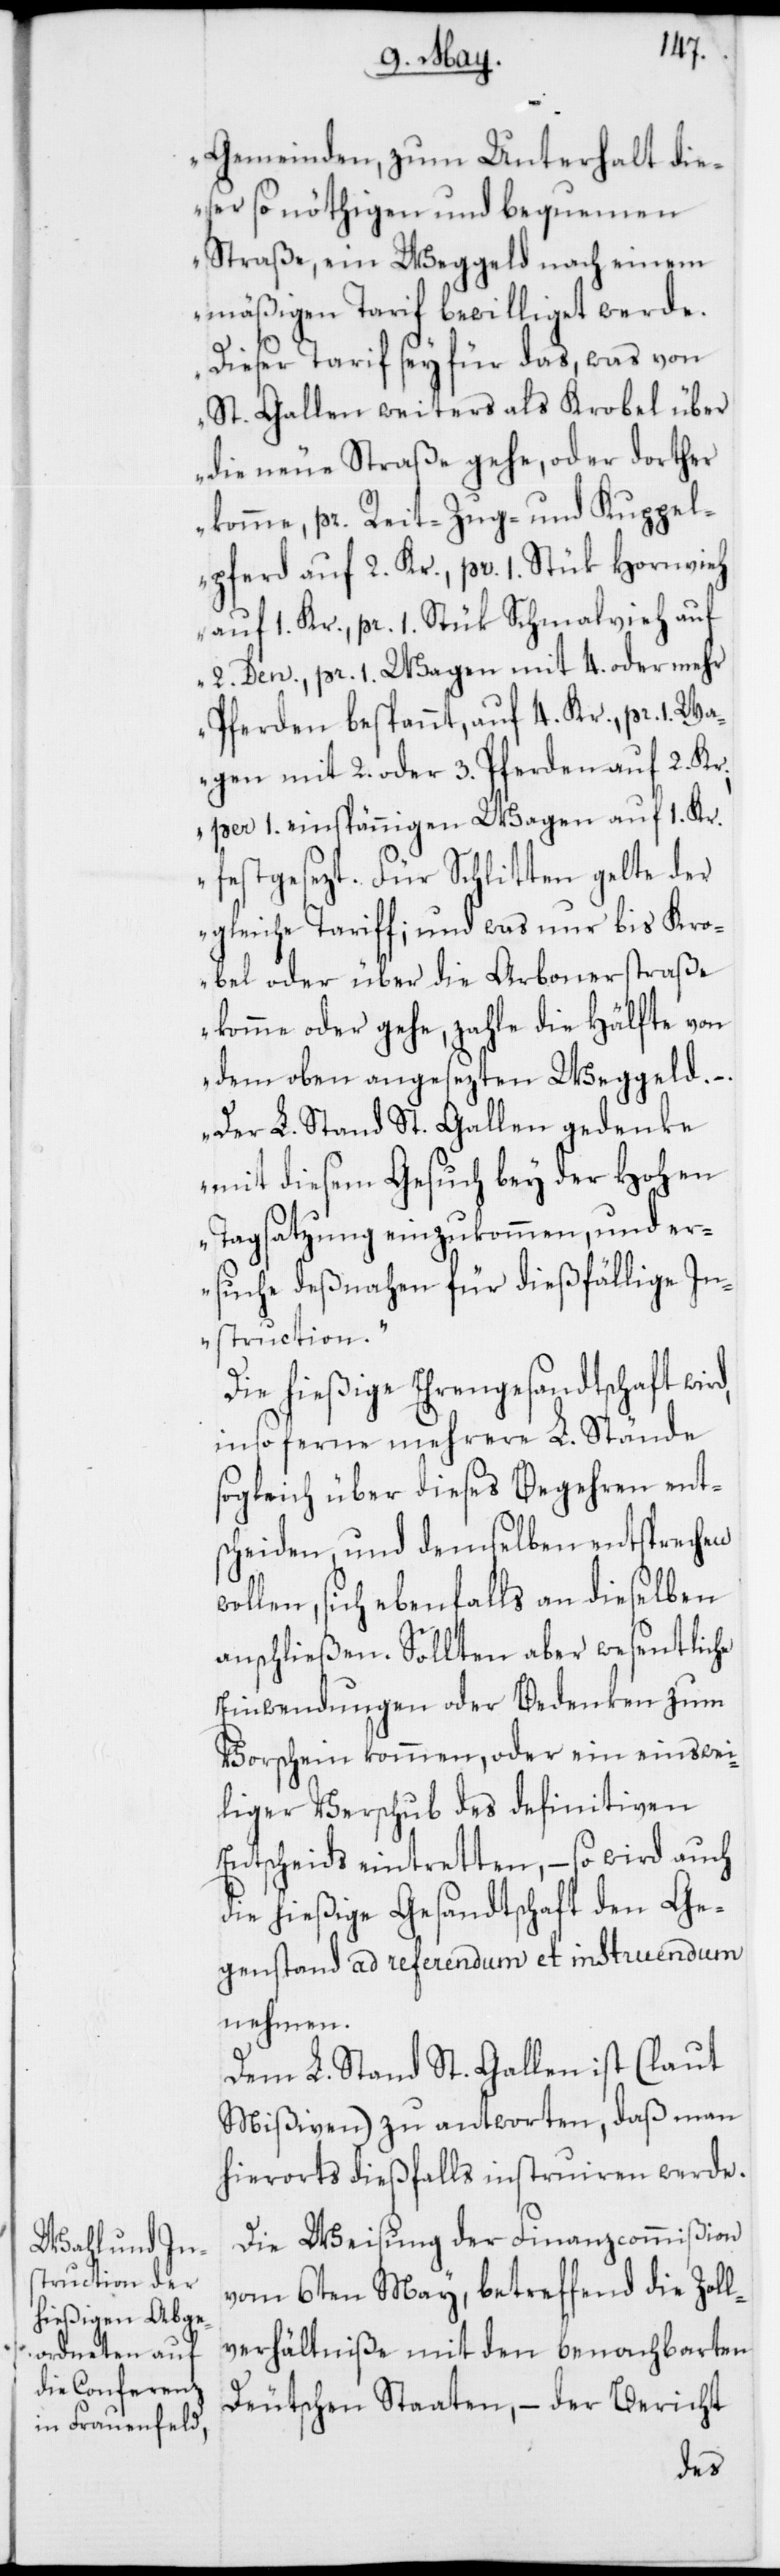
Gemeinden, zum Unterhalt die¬
ser so nöthigen und bequemen
Straße, ein Weggeld nach einem
mäßigen Tarif bewilliget werde.
Dieser Tarif sey für das, was von
St. Gallen weiters als Krobel über
die neue Straße gehe, oder dorther
komme, per Reit-[,] Zug- und Kuppel¬
pferd auf 2. Kr., pr. 1. Stük Hornvieh
auf 1. Kr., pr. 1. Stük Schmahlvieh auf
2. Den., pr. 1. Wagen mit 4. oder mehr
Pferden bespannt, auf 4. Kr., pr. 1. Wa¬
gen mit 2. oder 3. Pferden auf 2. Kr.,
per 1. einspännigen Wagen auf 1. Kr.
festgesezt. Für Schlitten gelte der
gleiche Tariff; und was nur bis Kro¬
bel oder über die Arbonerstraße
komme oder gehe, zahle die Hälfte von
dem oben angesezten Weggeld. –
Der L. Stand St. Gallen gedenke
mit diesem Gesuch bey der Hohen
Tagsatzung einzukommen, und er¬
suche deßnahen für dießfällige In¬
struction.“
Die hießige Ehrengesandtschaft wird,
insoferne mehrere L. Stände
sogleich über dieses Begehren ent¬
scheiden, und demselben entsprechen
wollen, sich ebenfalls an dieselben
anschließen. Sollten aber wesentliche
Einwendungen oder Bedenken zum
Vorschein kommen, oder ein einstwei¬
liger Verschub des definitiven
Entscheids eintretten, – so wird auch
die hießige Gesandtschaft den Ge¬
genstand ad referendum et instruendum
nehmen.
Dem L. Stand St. Gallen ist (laut
Mißiven) zu antworten, daß man
hierorts dießfalls instruieren werde.
Die Weisung der Finanzcommißion
vom 6ten May, betreffend die Zoll¬
verhältniße mit den benachbarten
Deutschen Staaten, – der Bericht